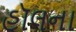
હૉલના